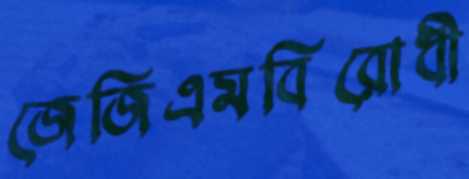
জেজিএমবিরোধী